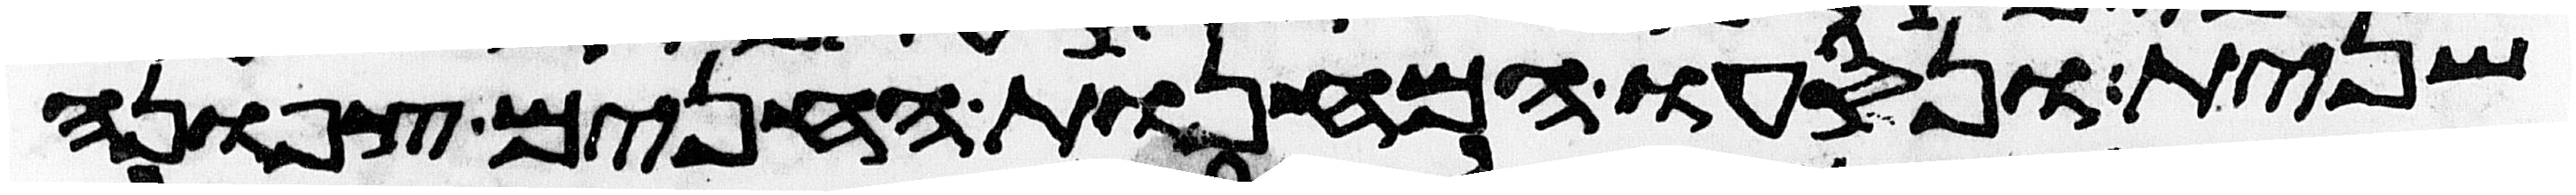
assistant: שנית ונסעו המחנות החנים צפונה